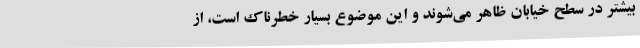
بیشتر در سطح خیابان ظاهر می‌شوند و این موضوع بسیار خطرناک است، از